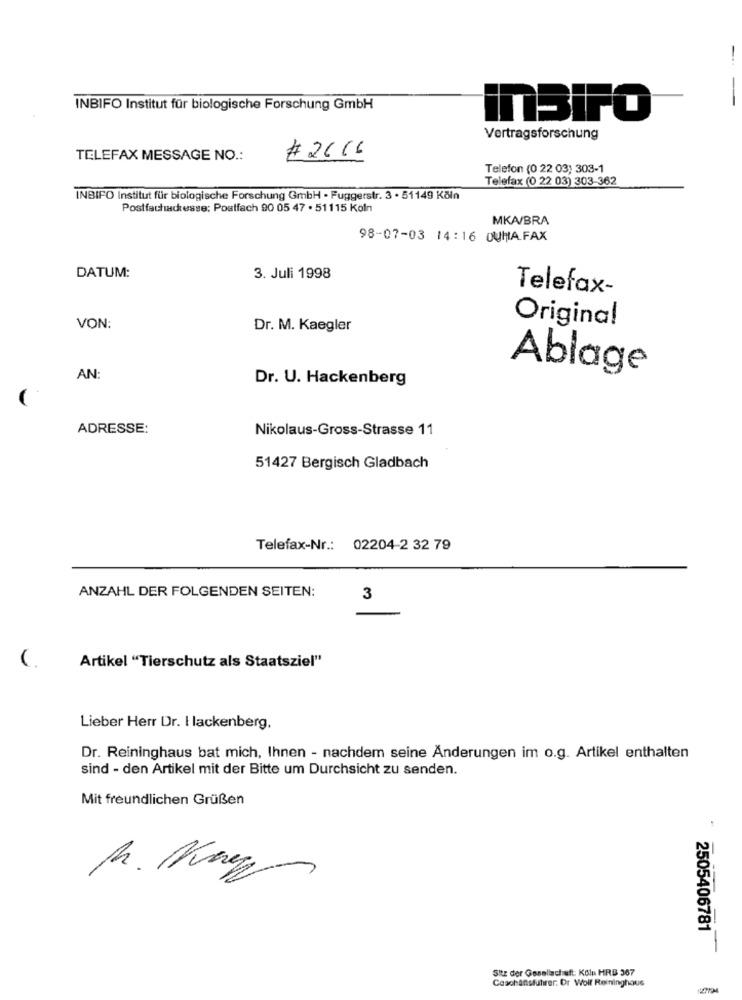
-
INBIFO Institut für biologische Forschung GmbH
InBiFO
Vertragsforschung
# 2616
TELEFAX MESSAGE NO .:
Telefon (0 22 03) 303-1
Telefax (0 22 03) 303-362
INBIFO Institut für biologische Forschung GmbH · Fuggerstr. 3 · 51149 Köln
Postfachadresse: Postfach 90 05 47 . 51115 Köln
MKA/BRA
98-07-03 14:16 DUMAFAX
DATUM:
3. Juli 1998
Telefax-
Original
VON:
Dr. M. Kaegler
Ablage
AN:
Dr. U. Hackenberg
ADRESSE:
Nikolaus-Gross-Strasse 11
51427 Bergisch Gladbach
Telefax-Nr .: 02204-2 32 79
ANZAHL DER FOLGENDEN SEITEN:
3
(
Artikel "Tierschutz als Staatsziel"
Lieber Herr Dr. I lackenberg.
Dr. Reininghaus bat mich, Ihnen - nachdem seine Änderungen im o.g. Artikel enthalten
sind - den Artikel mit der Bitte um Durchsicht zu senden.
Mit freundlichen Grüßen
-
2505406781
Sitz der Gesellschaft: Kolu HRB 367
Caschansfuhrer. Dr Wolf Reininghous